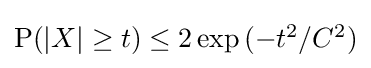
{\textstyle \operatorname {P} (|X|\geq t)\leq 2\exp {(-t^{2}/C^{2})}}